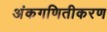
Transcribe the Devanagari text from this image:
अंकगणितीकरण